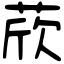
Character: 𦲽